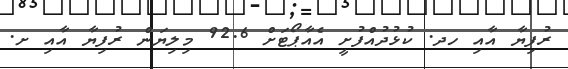
ރުފިޔާ އާއި ހދ. ކުޅުދުއްފުށީ އެއާޕޯޓަށް 92.6 މިލިޔަން ރުފިޔާ އާއި ށ.